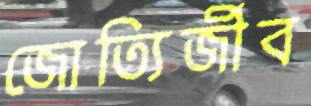
জোত্যির্জীব